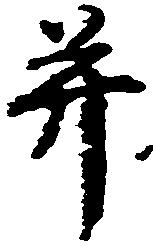
并